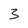
Character: 3